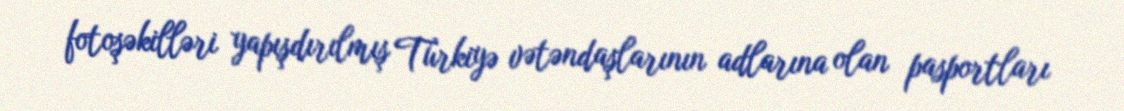
fotoşəkilləri yapışdırılmış Türkiyə vətəndaşlarının adlarına olan pasportları